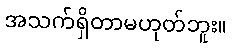
အသက်ရှိတာမဟုတ်ဘူး။